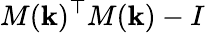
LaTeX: M(\mathbf{k})^{\top}M(\mathbf{k})-I